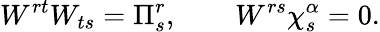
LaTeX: W^{rt}W_{ts}=\Pi_{s}^{r},\qquad W^{rs}\chi_{s}^{\alpha}=0.